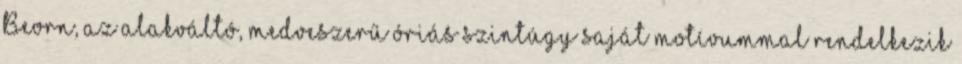
Beorn, az alakváltó, medveszerű óriás szintúgy saját motívummal rendelkezik